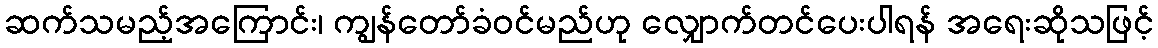
ဆက်သမည့်အကြောင်း၊ ကျွန်တော်ခံဝင်မည်ဟု လျှောက်တင်ပေးပါရန် အရေးဆိုသဖြင့်